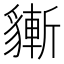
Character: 𧴃